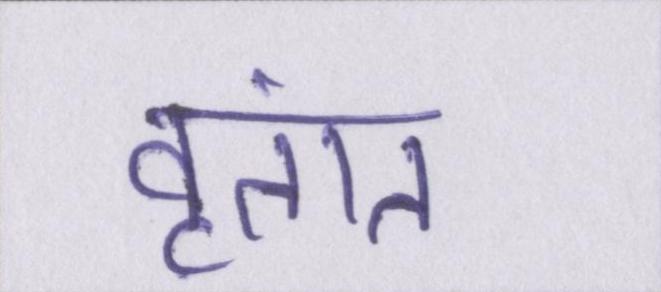
वृतांत